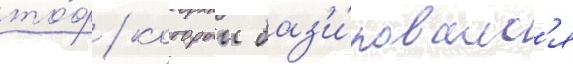
то́ф / которыи баз'и́ровалс'я